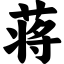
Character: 蒋